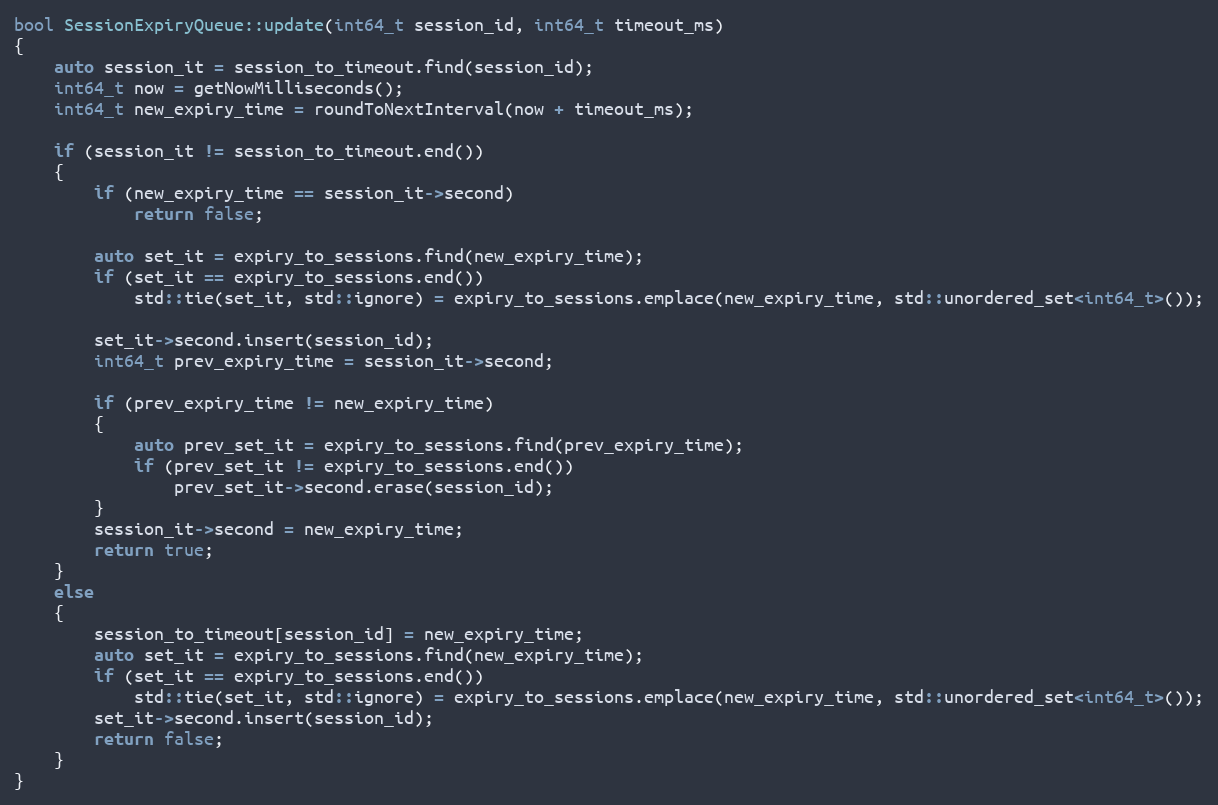
Language: C++
bool SessionExpiryQueue::update(int64_t session_id, int64_t timeout_ms)
{
    auto session_it = session_to_timeout.find(session_id);
    int64_t now = getNowMilliseconds();
    int64_t new_expiry_time = roundToNextInterval(now + timeout_ms);

    if (session_it != session_to_timeout.end())
    {
        if (new_expiry_time == session_it->second)
            return false;

        auto set_it = expiry_to_sessions.find(new_expiry_time);
        if (set_it == expiry_to_sessions.end())
            std::tie(set_it, std::ignore) = expiry_to_sessions.emplace(new_expiry_time, std::unordered_set<int64_t>());

        set_it->second.insert(session_id);
        int64_t prev_expiry_time = session_it->second;

        if (prev_expiry_time != new_expiry_time)
        {
            auto prev_set_it = expiry_to_sessions.find(prev_expiry_time);
            if (prev_set_it != expiry_to_sessions.end())
                prev_set_it->second.erase(session_id);
        }
        session_it->second = new_expiry_time;
        return true;
    }
    else
    {
        session_to_timeout[session_id] = new_expiry_time;
        auto set_it = expiry_to_sessions.find(new_expiry_time);
        if (set_it == expiry_to_sessions.end())
            std::tie(set_it, std::ignore) = expiry_to_sessions.emplace(new_expiry_time, std::unordered_set<int64_t>());
        set_it->second.insert(session_id);
        return false;
    }
}